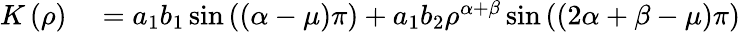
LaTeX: \begin{array}{rl}{K\left(\rho\right)}&{{}=a_{1}b_{1}\sin\left(\left(\alpha-\mu\right)\pi\right)+a_{1}b_{2}\rho^{\alpha+\beta}\sin\left(\left(2\alpha+\beta-\mu\right)\pi\right)}\end{array}